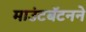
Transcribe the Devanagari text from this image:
माउंटबॅटनने